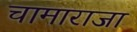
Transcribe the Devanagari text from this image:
चामाराजा